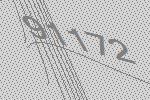
91172